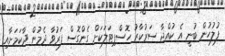
ފުލުހުން ބުނީ އެ ކުއްޖާ ސަރުކާރު ހޮސްޕިޓަލަކަށް ގެންގޮސް ފަރުވާ ދެމުން ދާކަމަށާއި